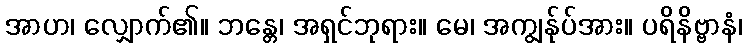
အာဟ၊ လျှောက်၏။ ဘန္တေ၊ အရှင်ဘုရား။ မေ၊ အကျွန်ုပ်အား။ ပရိနိဗ္ဗာနံ၊